Account of plague administration in the Bombay Presidency from September 1896 till May 1897
Year: 1896
Disease focus: Plague
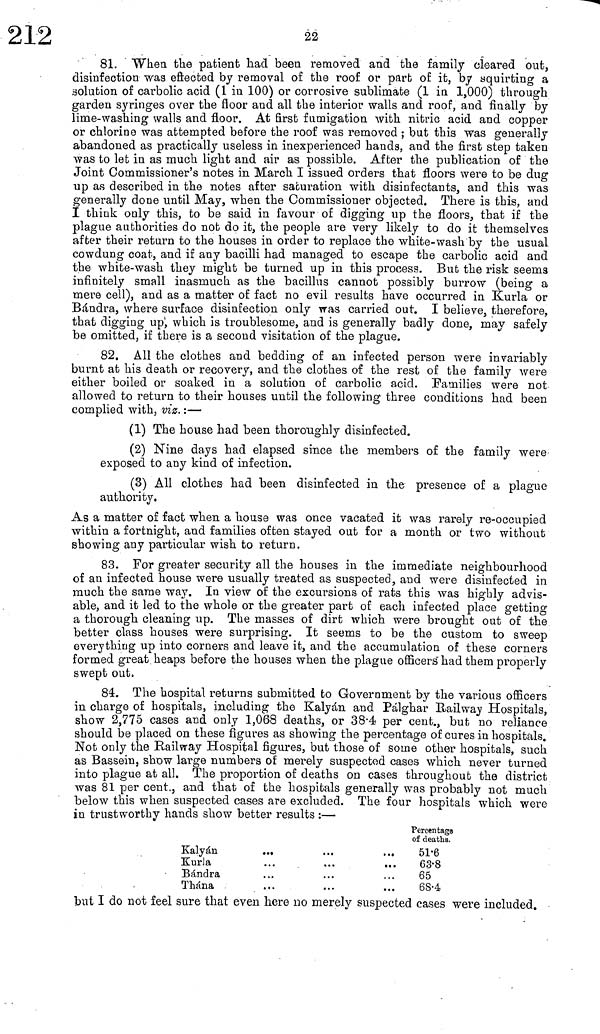
22
81. "When the patient had been removed and the family cleared out,
disinfection was effected by removal of the roof or part of it, by squirting a
solution of carbolic acid (1 in 100) or corrosive sublimate (1 in 1,000) through
garden syringes over the floor and all the interior walls and roof, and finally by
lime-washing walls and floor. At first fumigation with nitric acid and copper
or chlorine was attempted before the roof was removed ; but this was generally
abandoned as practically useless in inexperienced hands, and the first step taker
was to let in as much light and air as possible. After the publication of the
Joint Commissioner's notes in March I issued orders that floors were to be dug
up as described in the notes after saturation with disinfectants, and this was
generally done until May, when the Commissioner objected. There is this, ano
I think only this, to be said in favour of digging up the floors, that if the
plague authorities do not do it, the people are very likely to do it themselves
after their return to the houses in order to replace the white-wash by the usua"
cowdung coat, and if any bacilli had managed to escape the carbolic acid and
the white-wash they might be turned up in this process. But the risk seems
infinitely small inasmuch as the bacillus cannot possibly burrow (being ε
mere cell), and as a matter of fact no evil results have occurred in Kurla or
Bándra, where surface disinfection only was carried out. I believe, therefore
that digging up, which is troublesome, and is generally badly done, may safely
be omitted, if there is a second visitation of the plague.
82. All the clothes and bedding of an infected person were invariably
burnt at his death or recovery, and the clothes of the rest of the family were
either boiled or soaked in a solution of carbolic acid. Families were not
allowed to return to their houses until the following three conditions had beer
complied with, viz. :—
(1) The house had been thoroughly disinfected.
(2) Nine days had elapsed since the members of the family were
exposed to any kind of infection.
(3) All clothes had been disinfected in the presence of a plague
authority.
As a matter of fact when a house was once vacated it was rarely re-occupied
within a fortnight, and families often stayed out for a month or two without
showing any particular wish to return.
83. For greater security all the houses in the immediate neighbourhood
of an infected house were usually treated as suspected, and were disinfected ir
much the same way. In view of the excursions of rats this was highly advis·
able, and it led to the whole or the greater part of each infected place getting
a thorough cleaning up. The masses of dirt which were brought out of the
better class houses were surprising. It seems to be the custom to sweep
everything up into corners and leave it, and the accumulation of these corner!
formed great heaps before the houses when the plague officers had them properly
swept out.
84. The hospital returns submitted to Government by the various officer:
in charge of hospitals, including the Kalyán and Pálghar Railway Hospitals
show 2,775 cases and only 1,068 deaths, or 38.4 per cent., but no reliance
should be placed on these figures as showing the percentage of cures in hospitals
Not only the Railway Hospital figures, but those of some other hospitals, such
as Bassein, show large numbers of merely suspected cases which never turned
into plague at all. The proportion of deaths on cases throughout the district
was 81 per cent., and that of the hospitals generally was probably not much
below this when suspected cases are excluded. The four hospitals which wen
in trustworthy hands show better results :—
Kalyán
...
Kurla
Bándra
Thána
Percentage
of deaths.
51.6
63.8
65
68.4
but I do not feel sure that even here no merely suspected cases were included.